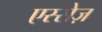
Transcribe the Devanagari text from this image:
एस्सेज़